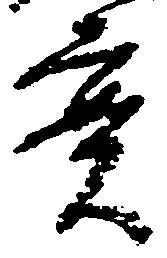
実